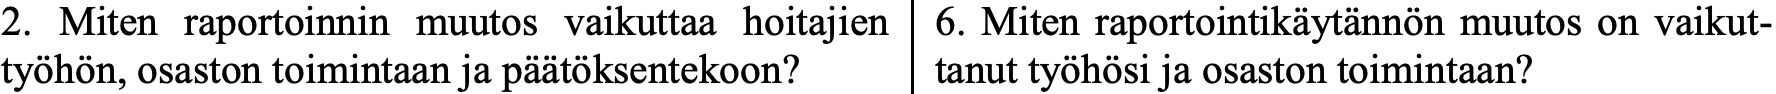
2. Miten raportoinnin muutos vaikuttaa hoitajien 6. Miten raportointikäytännön muutos on vaikut- työhön, osaston toimintaan ja päätöksentekoon? tanut työhösi ja osaston toimintaan?